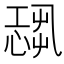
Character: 𢟃